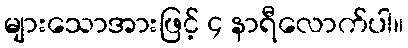
များသောအားဖြင့် ၄ နာရီလောက်ပါ။